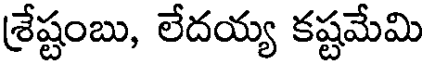
శ్రేష్టంబు, లేదయ్య కష్టమేమి